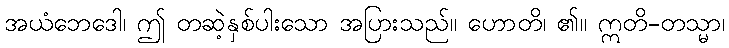
အယံဘေဒေါ၊ ဤ တဆဲ့နှစ်ပါးသော အပြားသည်။ ဟောတိ၊ ၏။ ဣတိ-တသ္မာ၊